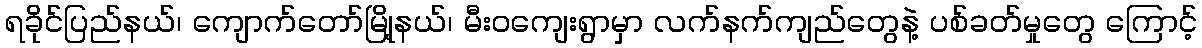
ရခိုင်ပြည်နယ်၊ ကျောက်တော်မြို့နယ်၊ မီးဝကျေးရွာမှာ လက်နက်ကျည်တွေနဲ့ ပစ်ခတ်မှုတွေ ကြောင့်